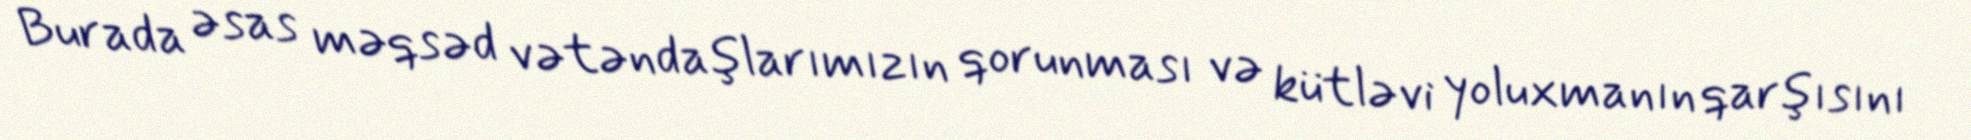
Burada əsas məqsəd vətəndaşlarımızın qorunması və kütləvi yoluxmanın qarşısını